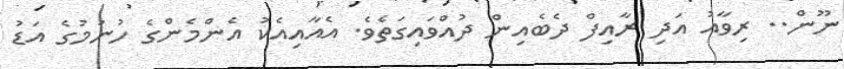
ނޫން.. ރިވާއު އަދި ރާއިފް ދެބެއިން ދުއްވައިގަތެވެ. އެއާއިއެކު އެންމެންގެ ހުނުމުގެ އަޑު